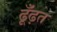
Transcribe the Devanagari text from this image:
ढूँढ़त